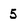
Character: 5